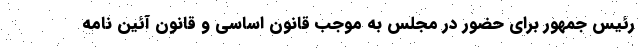
رئیس جمهور برای حضور در مجلس به موجب قانون اساسی و قانون آئین نامه